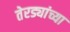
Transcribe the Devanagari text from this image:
तेरड्यांच्या